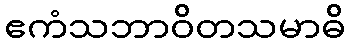
ဧကံသဘာဝိတသမာဓိ